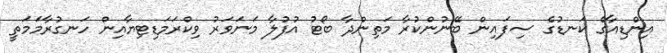
އިންޑިއާގެ ކަނޑުގެ ސިފައިން ބޭނުންކުރާ މަތިންދާ ބޯޓު އުފުލާ މަނަވަރު ވިކްރަމަޑިޓިޔާއިން ހަނގުރާމަމަތީ